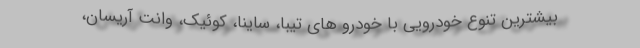
بیشترین تنوع خودرویی با خودرو های تیبا، ساینا، کوئیک، وانت آریسان،